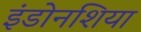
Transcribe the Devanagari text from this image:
इंडोनशिया